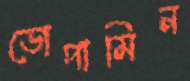
ডোপামিন